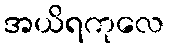
အယိရကုလေ